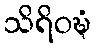
သိရိဝဍ္ဎံ